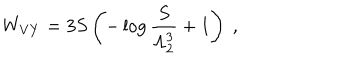
LaTeX: W _ { V Y } = 3 S \left( - \log { \frac { S } { \Lambda _ { 2 } ^ { 3 } } } + 1 \right) \ ,